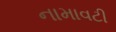
નામાવટી